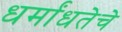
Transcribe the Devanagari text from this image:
धर्मांधतेचे